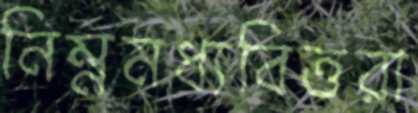
নিম্নমধ্যবিত্তরা